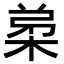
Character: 𭪗